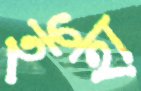
ইহা